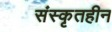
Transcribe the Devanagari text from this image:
संस्कृतहीन